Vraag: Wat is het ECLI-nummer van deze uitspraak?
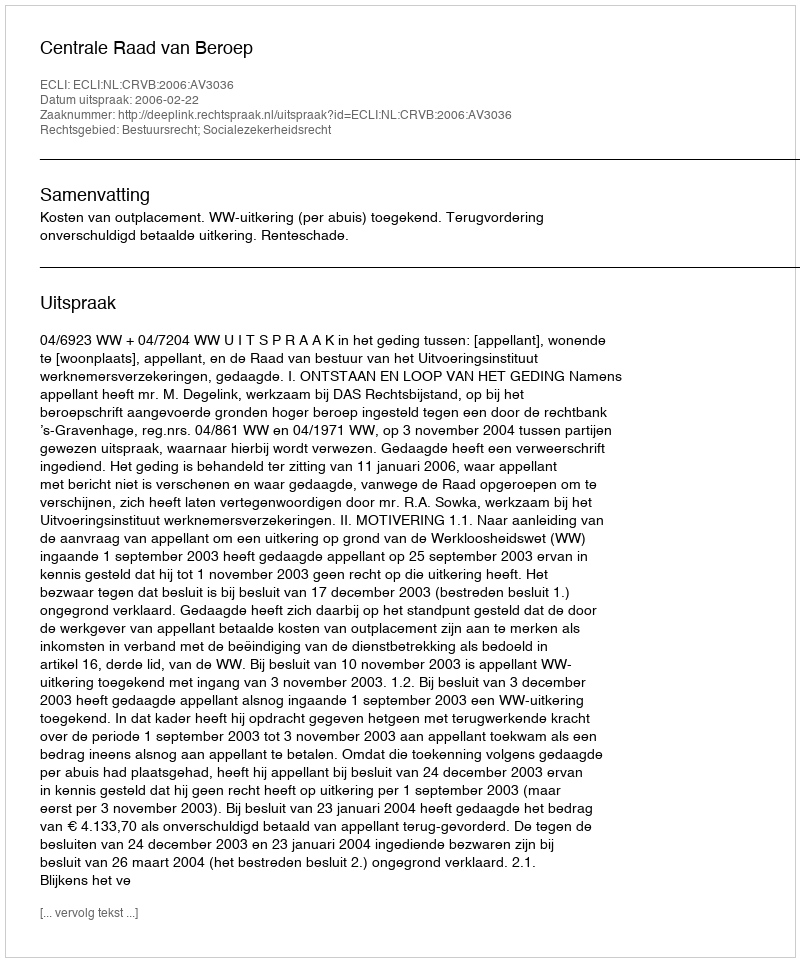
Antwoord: ECLI:NL:CRVB:2006:AV3036